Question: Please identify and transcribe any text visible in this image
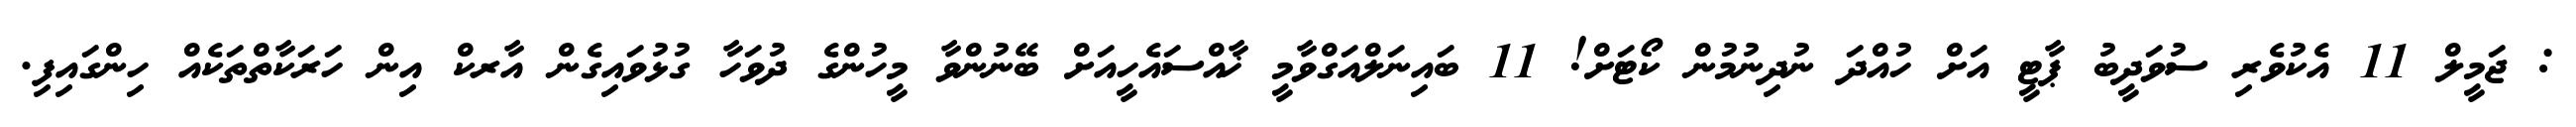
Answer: : ޖަމީލް 11 އެކުވެރި ސުވަދީބު ޕާޓީ އަށް ހުއްދަ ނުދިނުމުން ކޯޓަށް! 11 ބައިނަލްއަގްވާމީ ޚާއްސައެހީއަށް ބޭނުންވާ މީހުންގެ ދުވަހާ ގުޅުވައިގެން އާރކް އިން ހަރަކާތްތަކެއް ހިންގައިފި.